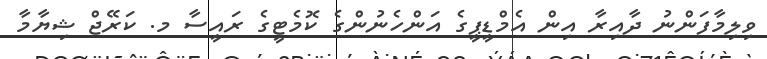
ވިލިމާފަންނު ދާއިރާ އިން އެމްޑީޕީގެ އަންހެނުންގެ ކޮމެޓީގެ ރައީސާ މ. ކަރޭޖް ޝިޔާމާ